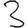
Digit: 3